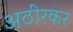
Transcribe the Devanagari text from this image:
अठीरकर